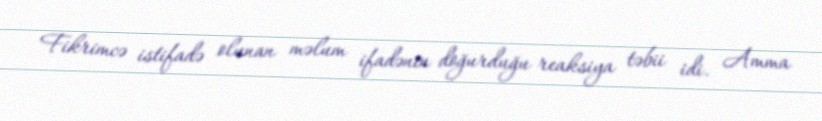
Fikrimcə istifadə olunan məlum ifadənin doğurduğu reaksiya təbii idi. Amma